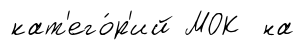
кат'его́р'ий МОК на